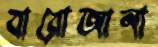
বারোআনা